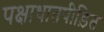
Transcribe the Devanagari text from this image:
पक्षाधातपीड़ित